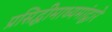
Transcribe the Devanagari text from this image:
प्रसिद्धीमाध्यमांद्वारे